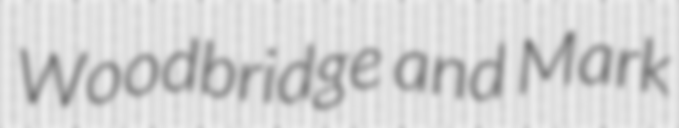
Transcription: Woodbridge and Mark